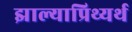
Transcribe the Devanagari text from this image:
झाल्याप्रिथ्यर्थ